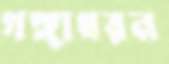
গঙ্গাধরন